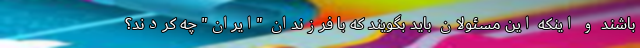
باشند و اینکه این مسئولان باید بگویند که با فرزندان "ایران" چه کردند؟